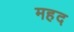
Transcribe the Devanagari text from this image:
महद